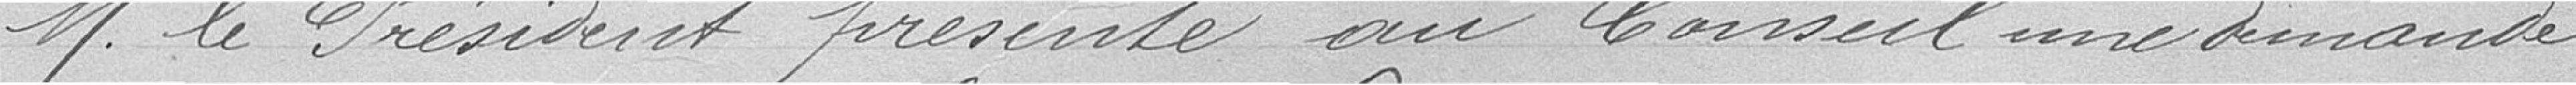
Monsieur le Président présente au Conseil une demande